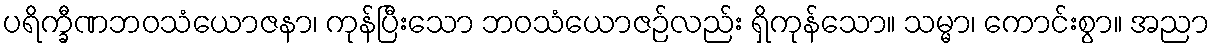
ပရိက္ခီဏဘဝသံယောဇနာ၊ ကုန်ပြီးသော ဘဝသံယောဇဉ်လည်း ရှိကုန်သော။ သမ္မာ၊ ကောင်းစွာ။ အညာ